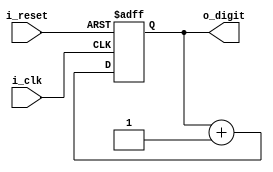
module FND_position_counter(
    input i_clk, input i_reset,
    output [1:0] o_digit
    );

    reg [1:0] r_counter = 2'b00;
    assign o_digit = r_counter;

    always @(posedge i_clk or posedge i_reset) begin
        if(i_reset) begin
            r_counter <= 0;
        end
        else r_counter <= r_counter + 1;
    end
endmodule